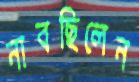
নাবছিলেন